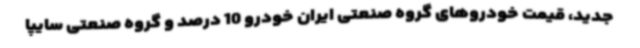
جدید، قیمت خودروهای گروه صنعتی ایران خودرو 10 درصد و گروه صنعتی سایپا